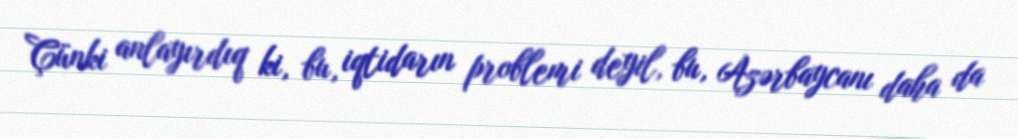
Çünki anlayırdıq ki, bu, iqtidarın problemi deyil, bu, Azərbaycanı daha da